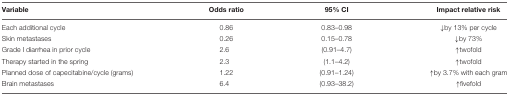
| Variable | Odds ratio | 95% CI | Impact relative risk |
 | --- | --- | --- | --- |
 | Each additional cycle | 0.86 | 0.83–0.98 | ↓by 13% per cycle |
 | Skin metastases | 0.26 | 0.15–0.78 | ↓by 73% |
 | Grade I diarrhea in prior cycle | 2.6 | (0.91–4.7) | ↑twofold |
 | Therapy started in the spring | 2.3 | (1.1–4.2) | ↑twofold |
 | Planned dose of capecitabine/cycle (grams) | 1.22 | (0.91–1.24) | ↑by 3.7% with each gram |
 | Brain metastases | 6.4 | (0.93–38.2) | ↑fivefold |